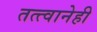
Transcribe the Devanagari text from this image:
तत्त्वानेही